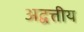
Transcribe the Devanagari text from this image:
अद्वत्तीय